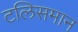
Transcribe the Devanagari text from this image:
टलिसमान